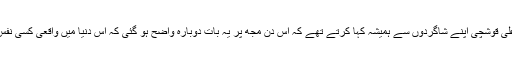
اِس کے بعد مولانا علی قوشچی اپنے شاگردوں سے ہمیشہ کہا کرتے تھے کہ اُس دن مجھ پر یہ بات دوبارہ واضح ہو گئی کہ اِس دنیا میں واقعی کسی نفسِ قدسی کا وجود ہے۔